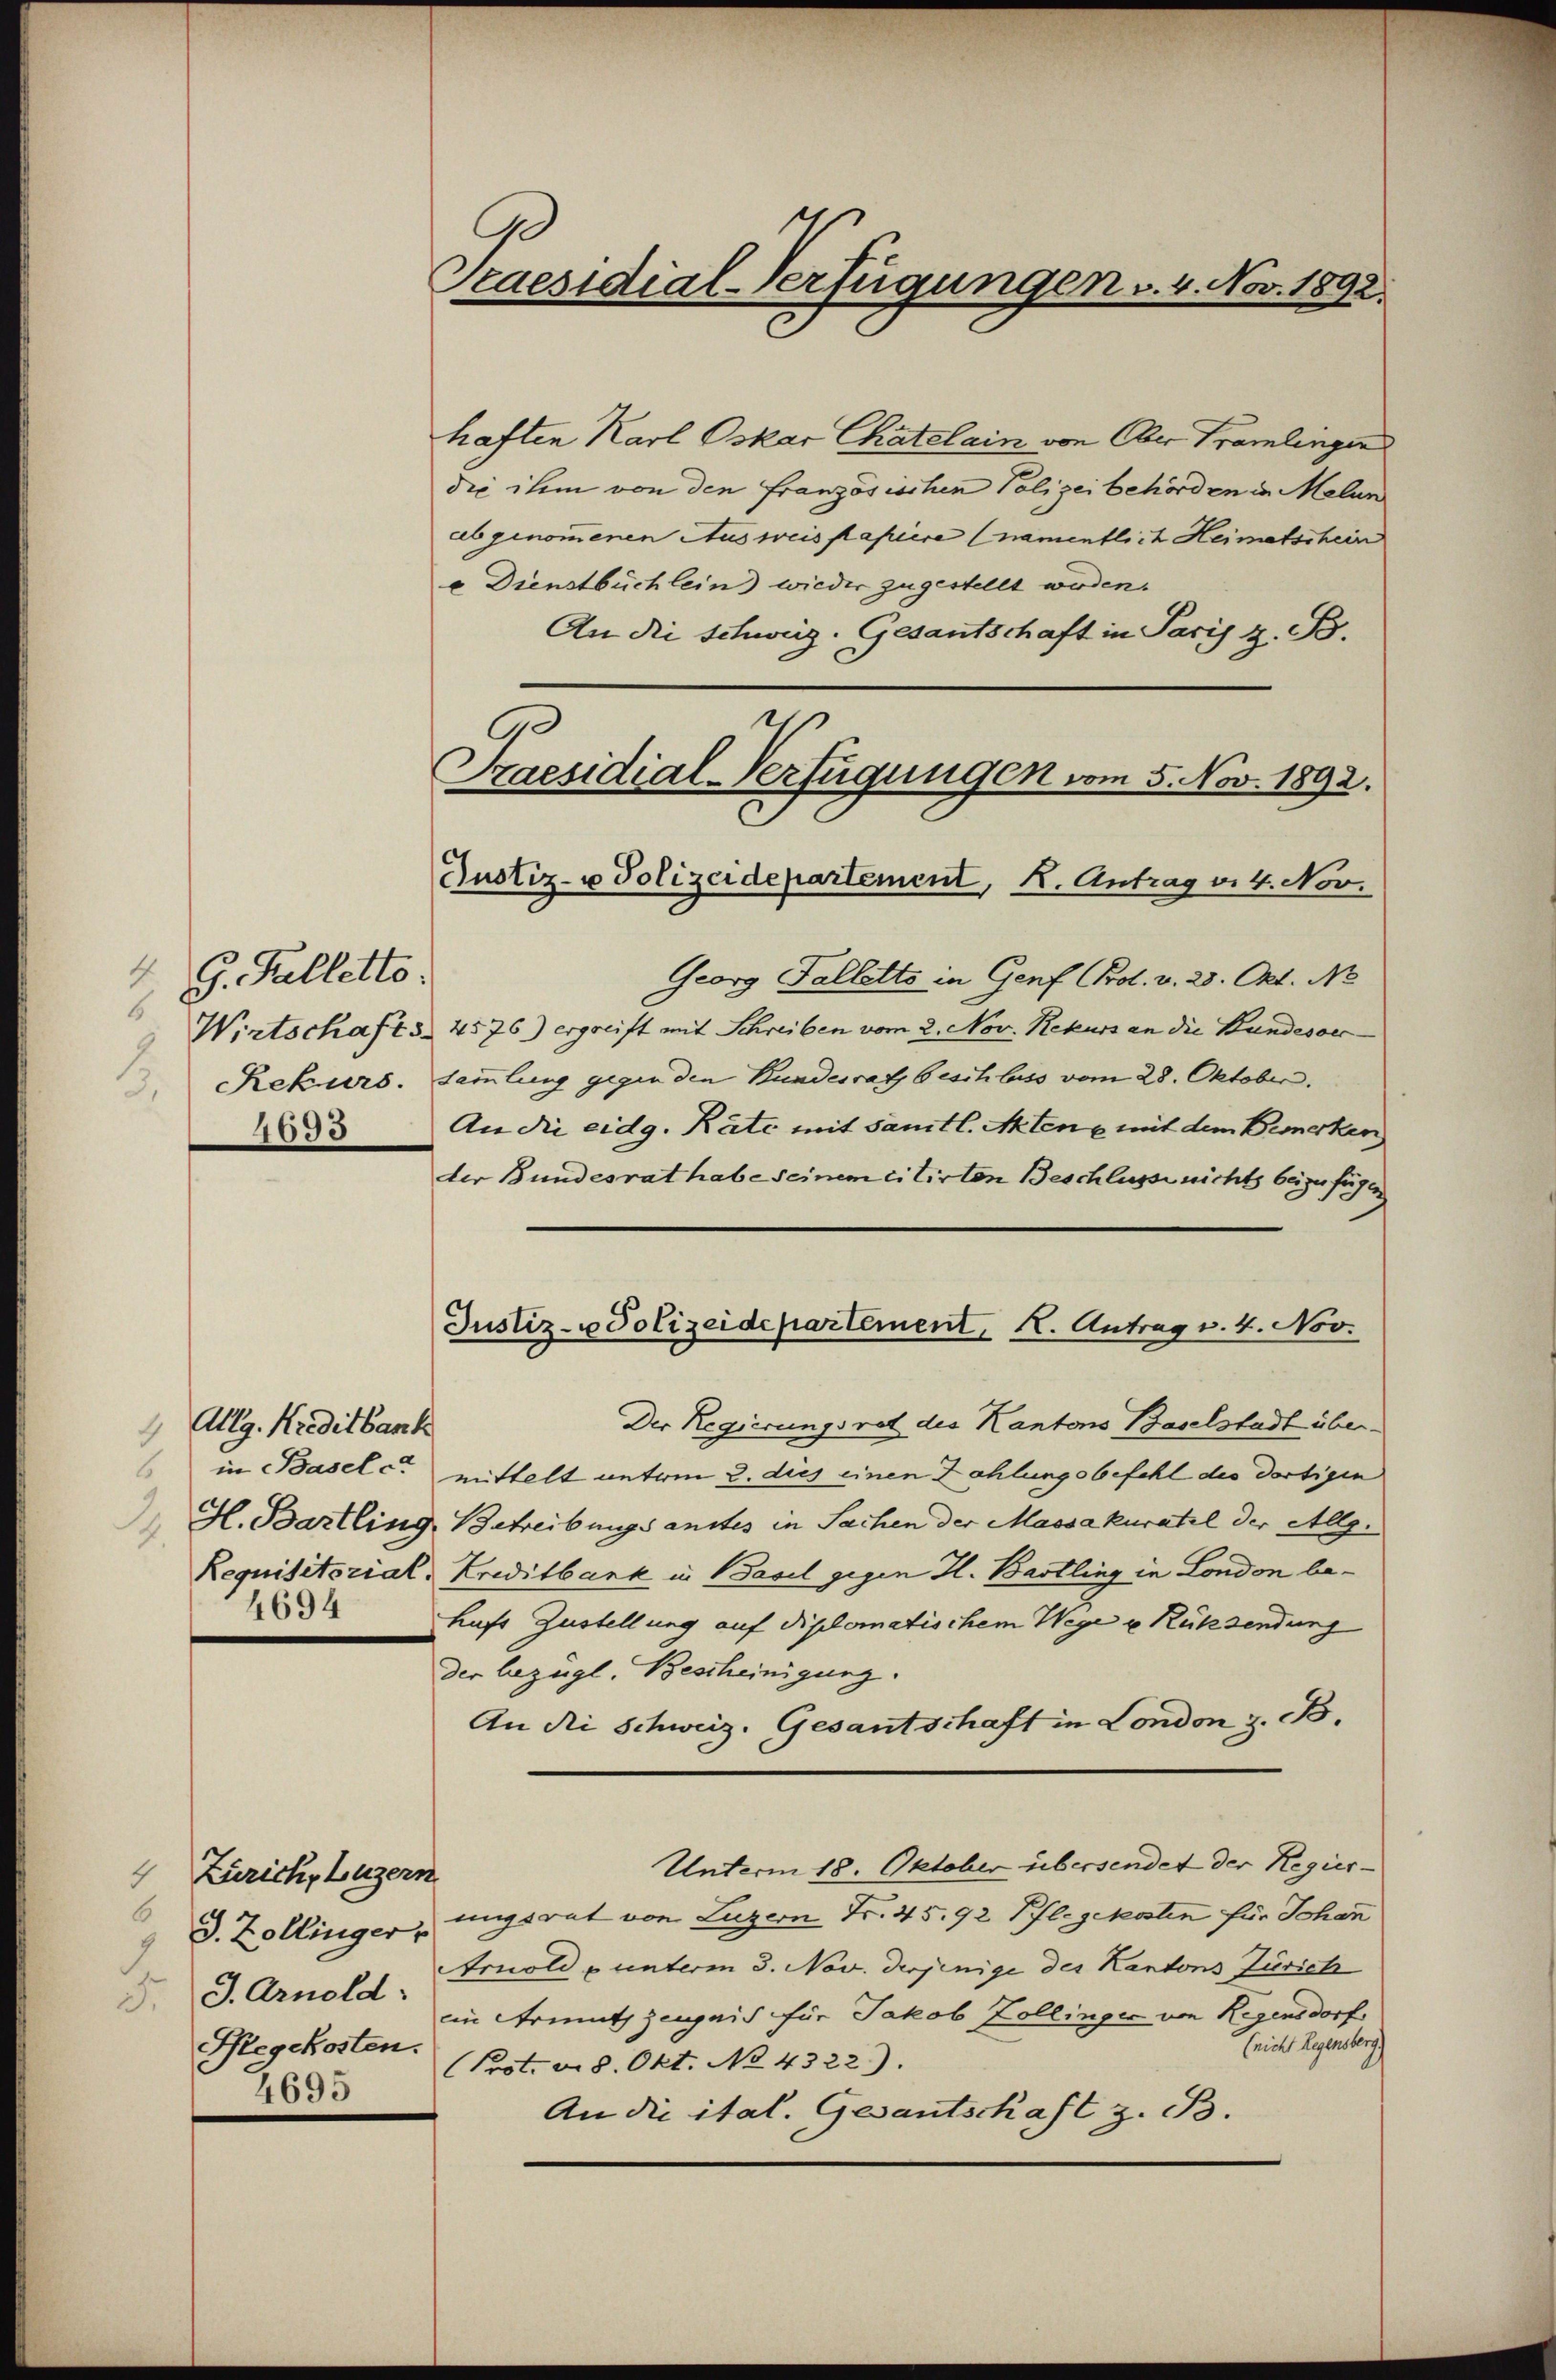
49. Palletto.
6
4693

Zürich, Luzern
4
6
Segekosten.
4695

Allg. Kreditbark
2
4694

Praesidial-Verfügungen v. 4. Nov. 1892.

haften Karl Oskar Chatelain von Ober Tramlingen
die ihm von den Französischen Polizeibehörden in Melan
abgenommenen Ausweis papiere (namentlich Heimatschein
o Dienstbuchlein wieder zugestellt werden.
An die Schweiz. Gesantschaft in Paris z. B.
2

Georg Falletts in Genf Prol. v. 28. Okt. Ne
Wirtschafts 4576) ergreift mit Schreiben vom 2. Nov. Rekurs an die Bundesor
Rekurs. Sammlung gegen den Bundesrath beschluss vom 28. Oktober.
An die eidg. Räte mit sämtl. Aktene mit dem Bemerken
der Bundesrat habe seinem citirten Beschlusse nichts beizufügen
Der Regierungsrat des Kantons Baselstadt überin Basel ca mittelt unterm 2. dies einen Zahlungsbefehl des dortigen
H. Bartling, Betreibungsanstes in Sachen der Massakuratel der Allg.
Requisitorial-Kreitbank in Basel gegen H. Bastling in London behufs Zustellung auf diplomatischem Wege u. Rücksendung
der bezügl. Bescheinigung.
An die Schweiz. Gesantschaft in London z. B.
Unterm 18. Oktober übersendet der Regier-
9 D. Zollingerungsrat von Luzern Fr. 45. 92 Pflegekosten für Johan
Arnold p unterm 3. Nov. derjenige des Kantons Zürich
J. J. Arnold in Armuth zeugnis für Jakob Zollinger von Regensdorf
(nicht Regensberg
Prot. v. 8. Okt. No 4322).
An die ital. Gesantschaft z. B.

Praesidial-Verfügungen vom 5. Nov. 1892.
Justiz- u Polizeidepartement, K. Antrag v. 4. Nov.

Justiz- u Polizeidepartement, K. Antrag v. 4. Nov.